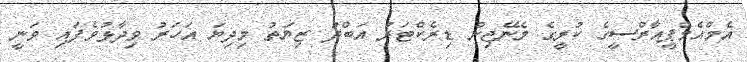
އެމްއެމްޕީއާރްސީގެ ކުރީގެ މެނޭޖިން ޑިރެކްޓަރު އަބްދު ޒިޔަތު މިދިޔަ އަހަރު ވިދާޅުވެފައި ވަނީ